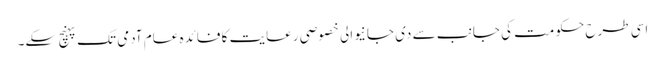
اسی طرح حکومت کی جانب سے دی جانیوالی خصوصی رعایت کا فائدہ عام آدمی تک پہنچ سکے۔